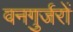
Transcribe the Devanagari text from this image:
वनगुर्जरों